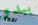
يبدو